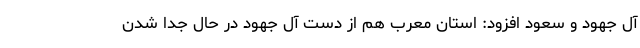
آل جهود و سعود افزود: استان معرب هم از دست آل جهود در حال جدا شدن